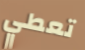
تعطي